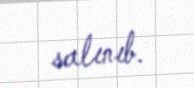
salınıb.